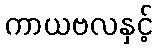
ကာယဗလနှင့်